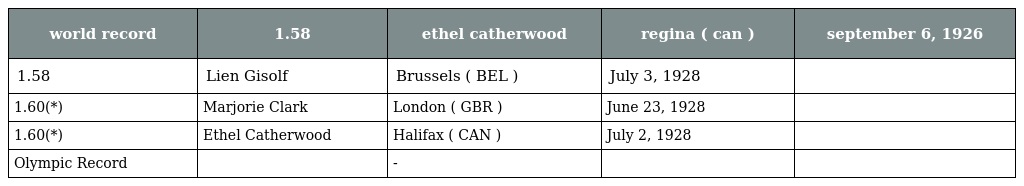
| world record | 1.58 | ethel catherwood | regina ( can ) | september 6, 1926 |
 | --- | --- | --- | --- | --- |
 | 1.58 | Lien Gisolf | Brussels ( BEL ) | July 3, 1928 |  |
 | 1.60(*) | Marjorie Clark | London ( GBR ) | June 23, 1928 |  |
 | 1.60(*) | Ethel Catherwood | Halifax ( CAN ) | July 2, 1928 |  |
 | Olympic Record |  | - |  |  |